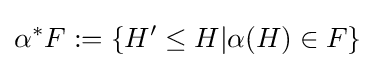
\alpha ^{*}F:=\{H'\leq H|\alpha (H)\in F\}